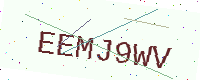
Text: EEMJ9WV